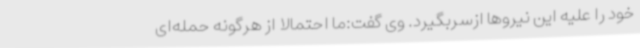
خود را علیه این نیروها ازسربگیرد. وی گفت:ما احتمالا از هرگونه حمله‌ای